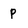
Character: P